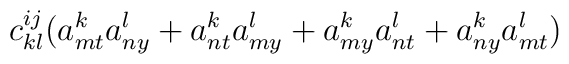
c_{kl}^{ij} (a^k_{mt} a^l_{ny} + a^k_{nt} a^l_{my} + a^k_{my} a^l_{nt} +a^k_{ny} a^l_{mt})